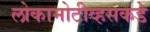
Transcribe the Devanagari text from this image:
लोकामोटीव्हसकडे